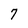
Character: 7